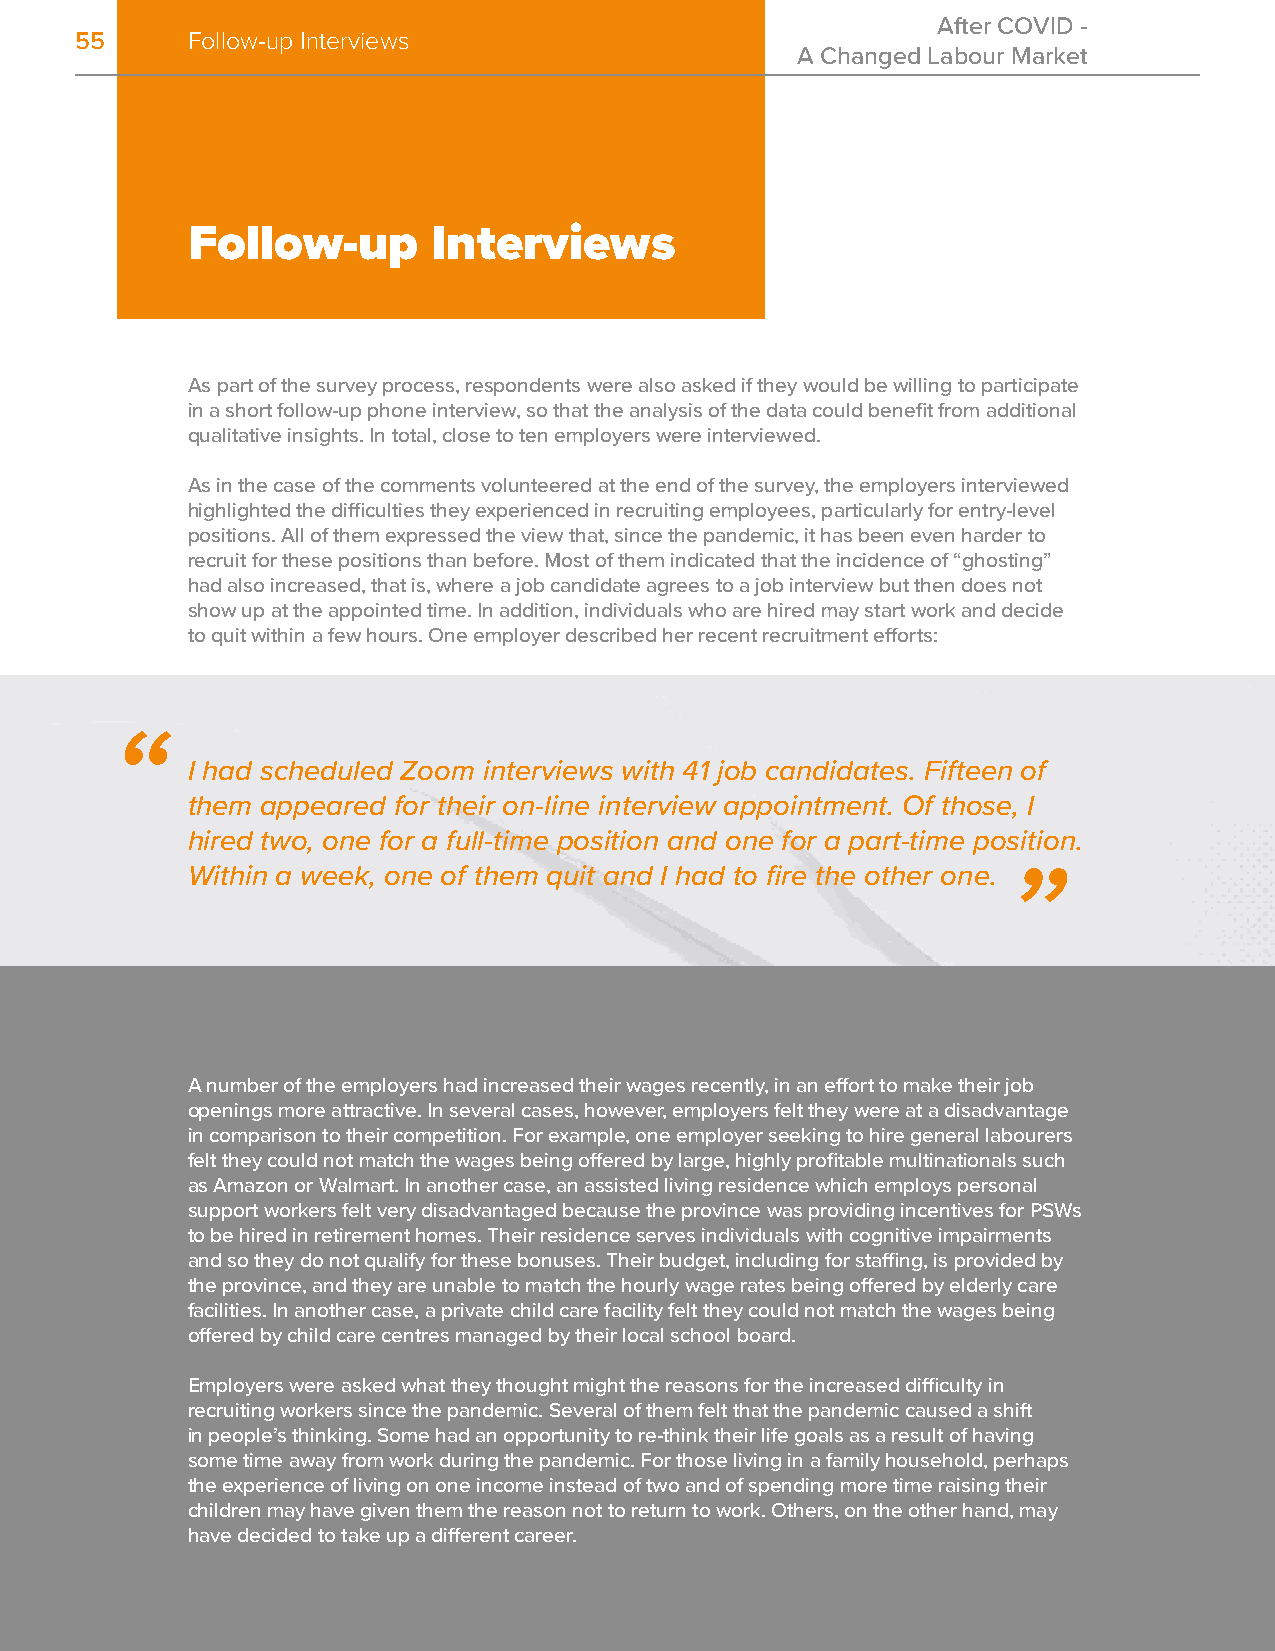
After COVID -
 55     Follow-up Interviews
 A Changed Labour Market
 Follow-up        Interviews
 As part of the survey process, respondents were also asked if they would be willing to participate
 in a short follow-up phone interview, so that the analysis of the data could benefit from additional
 qualitative insights. In total, close to ten employers were interviewed.
 As in the case of the comments volunteered at the end of the survey, the employers interviewed
 highlighted the difficulties they experienced in recruiting employees, particularly for entry-level
 positions. All of them expressed the view that, since the pandemic, it has been even harder to
 recruit for these positions than before. Most of them indicated that the incidence of “ghosting”
 had also increased, that is, where a job candidate agrees to a job interview but then does not
 show up at the appointed time. In addition, individuals who are hired may start work and decide
 to quit within a few hours. One employer described her recent recruitment efforts:
 I had scheduled Zoom interviews with 41 job candidates. Fifteen of
 them appeared for their on-line interview appointment. Of those, I
 hired two, one for a full-time position and one for a part-time position.
 Within a week, one of them quit and I had to fire the other one.
 A number of the employers had increased their wages recently, in an effort to make their job
 openings more attractive. In several cases, however, employers felt they were at a disadvantage
 in comparison to their competition. For example, one employer seeking to hire general labourers
 felt they could not match the wages being offered by large, highly profitable multinationals such
 as Amazon or Walmart. In another case, an assisted living residence which employs personal
 support workers felt very disadvantaged because the province was providing incentives for PSWs
 to be hired in retirement homes. Their residence serves individuals with cognitive impairments
 and so they do not qualify for these bonuses. Their budget, including for staffing, is provided by
 the province, and they are unable to match the hourly wage rates being offered by elderly care
 facilities. In another case, a private child care facility felt they could not match the wages being
 offered by child care centres managed by their local school board.
 Employers were asked what they thought might the reasons for the increased difficulty in
 recruiting workers since the pandemic. Several of them felt that the pandemic caused a shift
 in people’s thinking. Some had an opportunity to re-think their life goals as a result of having
 some time away from work during the pandemic. For those living in a family household, perhaps
 the experience of living on one income instead of two and of spending more time raising their
 children may have given them the reason not to return to work. Others, on the other hand, may
 have decided to take up a different career.